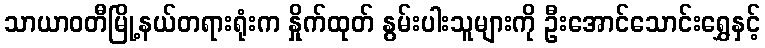
သာယာဝတီမြို့နယ်တရားရုံးက နှိုက်ထုတ် နွမ်းပါးသူများကို ဦးအောင်သောင်းရွှေနှင့်